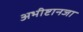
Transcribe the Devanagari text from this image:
अभीष्टानजा